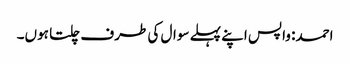
احمد: واپس اپنے پہلے سوال کی طرف چلتا ہوں۔